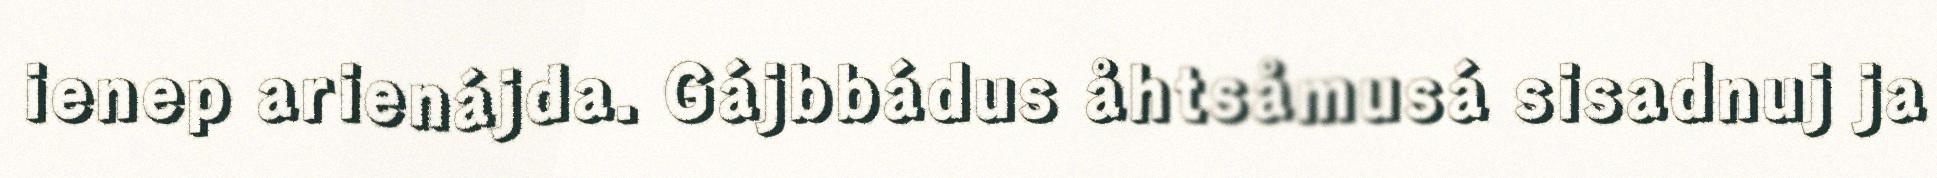
ienep arienájda. Gájbbádus åhtsåmusá sisadnuj ja